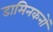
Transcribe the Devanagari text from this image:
डामिनकनों